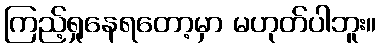
ကြည့်ရှုနေရတော့မှာ မဟုတ်ပါဘူး။